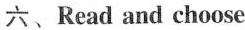
六、Read and choose